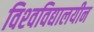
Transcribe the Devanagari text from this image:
विश्‍वविद्यालयीन